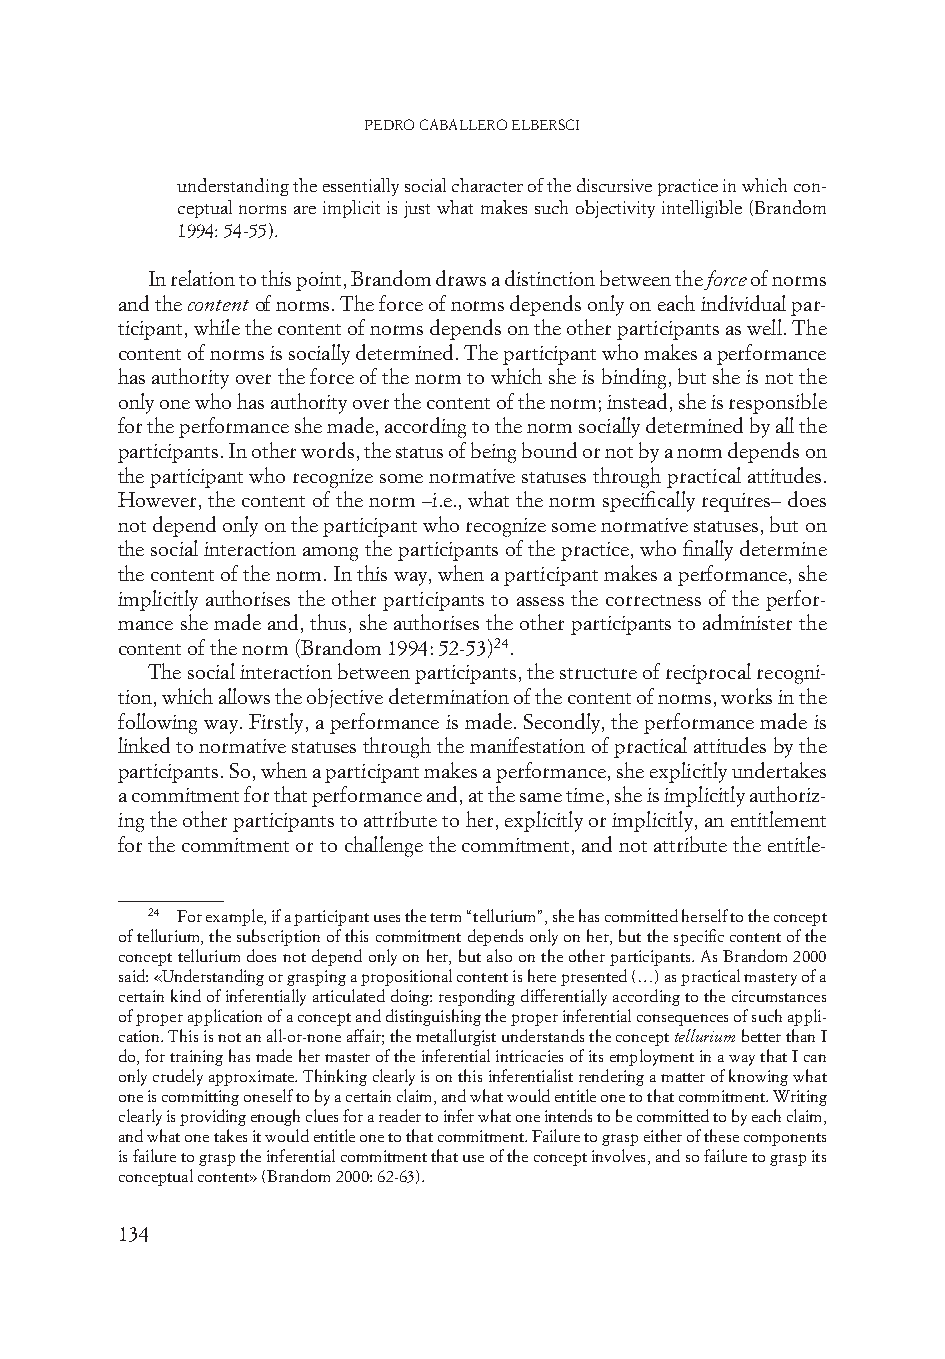
Pedro Caballero elbersCi
 understanding the essentially social character of the discursive practice in which con-
 ceptual norms are implicit is just what makes such objectivity intelligible (Brandom
 1994: 54-55).
 In relation to this point, Brandom draws a distinction between the force of norms
 and the content of norms. The force of norms depends only on each individual par-
 ticipant, while the content of norms depends on the other participants as well. The
 content of norms is socially determined. The participant who makes a performance
 has authority over the force of the norm to which she is binding, but she is not the
 only one who has authority over the content of the norm; instead, she is responsible
 for the performance she made, according to the norm socially determined by all the
 participants. In other words, the status of being bound or not by a norm depends on
 the participant who recognize some normative statuses through practical attitudes.
 However, the content of the norm –i.e., what the norm specifically requires– does
 not depend only on the participant who recognize some normative statuses, but on
 the social interaction among the participants of the practice, who finally determine
 the content of the norm. In this way, when a participant makes a performance, she
 implicitly authorises the other participants to assess the correctness of the perfor-
 mance she made and, thus, she authorises the other participants to administer the
 content of the norm (Brandom 1994: 52-53)24.
 The social interaction between participants, the structure of reciprocal recogni-
 tion, which allows the objective determination of the content of norms, works in the
 following way. Firstly, a performance is made. Secondly, the performance made is
 linked to normative statuses through the manifestation of practical attitudes by the
 participants. So, when a participant makes a performance, she explicitly undertakes
 a commitment for that performance and, at the same time, she is implicitly authoriz-
 ing the other participants to attribute to her, explicitly or implicitly, an entitlement
 for the commitment or to challenge the commitment, and not attribute the entitle-
 24 For example, if a participant uses the term “tellurium”, she has committed herself to the concept
 of tellurium, the subscription of this commitment depends only on her, but the specific content of the
 concept tellurium does not depend only on her, but also on the other participants. As Brandom 2000
 said: «Understanding or grasping a propositional content is here presented (…) as practical mastery of a
 certain kind of inferentially articulated doing: responding differentially according to the circumstances
 of proper application of a concept and distinguishing the proper inferential consequences of such appli-
 cation. This is not an all-or-none affair; the metallurgist understands the concept tellurium better than I
 do, for training has made her master of the inferential intricacies of its employment in a way that I can
 only crudely approximate. Thinking clearly is on this inferentialist rendering a matter of knowing what
 one is committing oneself to by a certain claim, and what would entitle one to that commitment. Writing
 clearly is providing enough clues for a reader to infer what one intends to be committed to by each claim,
 and what one takes it would entitle one to that commitment. Failure to grasp either of these components
 is failure to grasp the inferential commitment that use of the concept involves, and so failure to grasp its
 conceptual content» (Brandom 2000: 62-63).
 134